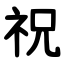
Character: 祝